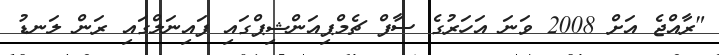
"ރާއްޖެ އަށް 2008 ވަނަ އަހަރުގެ ސާފް ޗެމްޕިއަންޝިޕްގައި ފައިނަލްގައި ރަން ލަނޑު